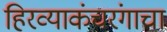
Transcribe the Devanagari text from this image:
हिरव्याकंचरंगाचा